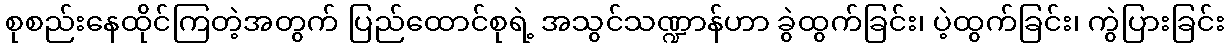
စုစည်းနေထိုင်ကြတဲ့အတွက် ပြည်ထောင်စုရဲ့ အသွင်သဏ္ဍာန်ဟာ ခွဲထွက်ခြင်း၊ ပဲ့ထွက်ခြင်း၊ ကွဲပြားခြင်း